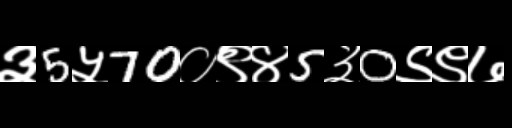
Text: ३5५70०९४5३0९९७